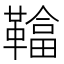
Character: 𩌼